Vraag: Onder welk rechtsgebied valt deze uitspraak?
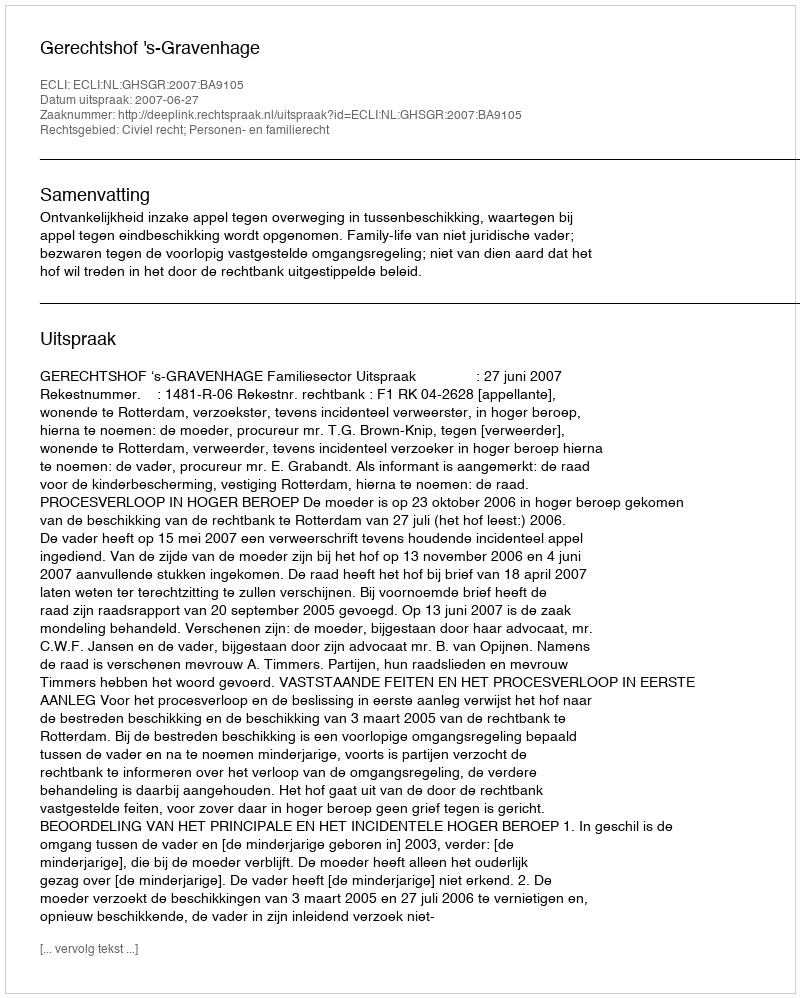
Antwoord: Civiel recht; Personen- en familierecht